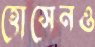
হোসেনও